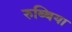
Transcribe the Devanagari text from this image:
रुब्बिया